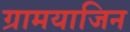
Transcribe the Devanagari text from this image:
ग्रामयाजिन